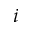
i